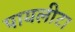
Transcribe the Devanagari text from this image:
पायलीटा